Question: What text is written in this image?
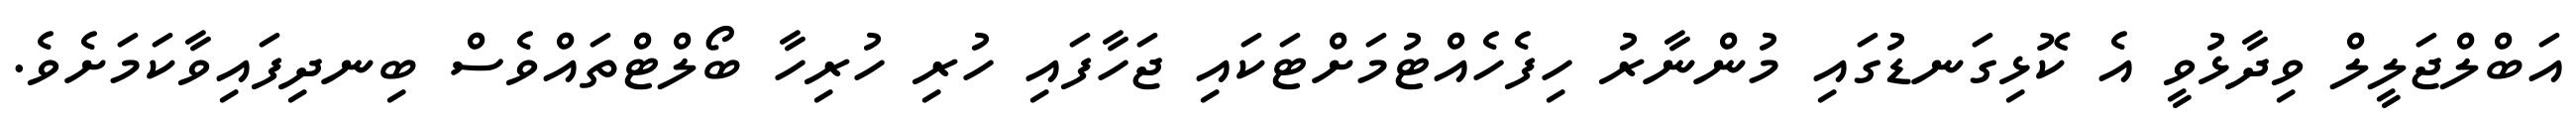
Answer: އަބްލްޖަލީލް ވިދާޅުވީ އެ ކޮޅިގަނޑުގައި މުންނާރު ހިފެހެއްޓުމަށްޓަކައި ޖަހާފައި ހުރި ހުރިހާ ބޯލްޓްތައްވެސް ބިނދިފައިވާކަމަށެވެ.